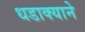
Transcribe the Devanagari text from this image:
धडाक्याने